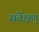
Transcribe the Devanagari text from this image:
सर्वेक्षण्